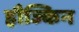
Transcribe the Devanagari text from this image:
हौज्किन